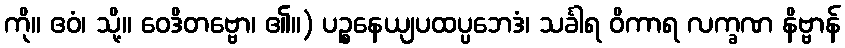
ကို။ ဧဝံ၊ သို့။ ဝေဒိတဗ္ဗော၊ ၏။) ပဉ္စနေယျပထပ္ပဘေဒံ၊ သင်္ခါရ ဝိကာရ လက္ခဏ နိဗ္ဗာန်